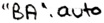
Text: "BA".auto